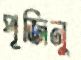
পূজিনু